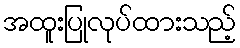
အထူးပြုလုပ်ထားသည့်